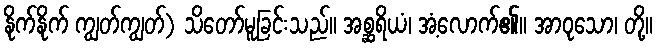
နိုက်နိုက် ကျွတ်ကျွတ်) သိတော်မူခြင်းသည်။ အစ္ဆရိယံ၊ အံ့လောက်၏။ အာဝုသော၊ တို့။